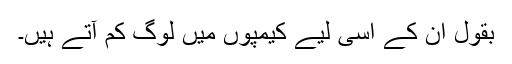
بقول ان کے اسی لیے کیمپوں میں لوگ کم آتے ہیں۔